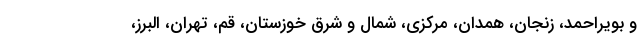
و بویراحمد، زنجان، همدان، مرکزی، شمال و شرق خوزستان، قم، تهران، البرز،